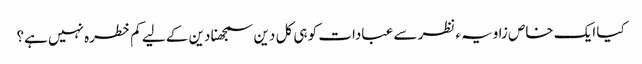
کیا ایک خاص زاویہء نظر سے عبادات کو ہی کل دین سمجھنا دین کے لیے کم خطرہ نہیں ہے؟